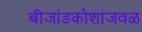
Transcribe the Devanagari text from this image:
बीजांडकोशांजवळ